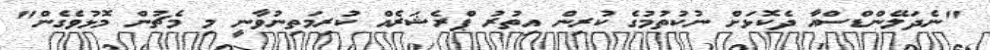
"ނެދަލޭންޑްސްއާ ދެކޮޅަށް ނުކުތުމުގެ ކުރިން އިތުރު ޕްރެޝަރެއް ކުރިމަތިނުވާނީ މި މެޗުން މޮޅުވެގެން"